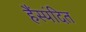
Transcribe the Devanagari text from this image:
हैंस्पंदित